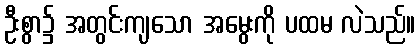
ဦးစွာ၌ အတွင်းကျသော အမွေးကို ပထမ လဲသည်။